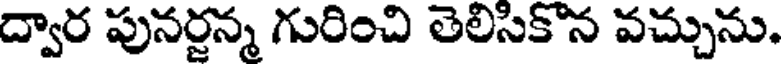
ద్వార పునర్జన్మ గురించి తెలిసికొన వచ్చును.